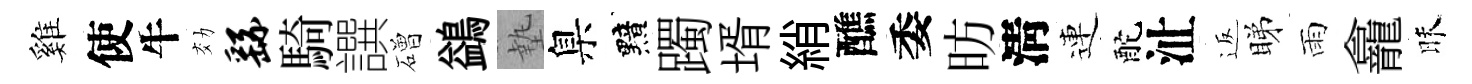
雞使牛効繇騎譔磳鷁墊臬黯躅壻綃醮委昉淸連酡沚返睇雨龕昧